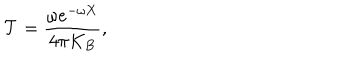
{ \cal T } = \frac { \omega e ^ { - \omega X } } { 4 \pi K _ { B } } ,